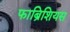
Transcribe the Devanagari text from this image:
फाब्रिशियस